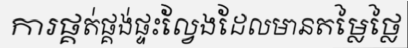
ការផ្គត់ផ្គង់ផ្ទះល្វែងដែលមានតម្លៃថ្លៃ